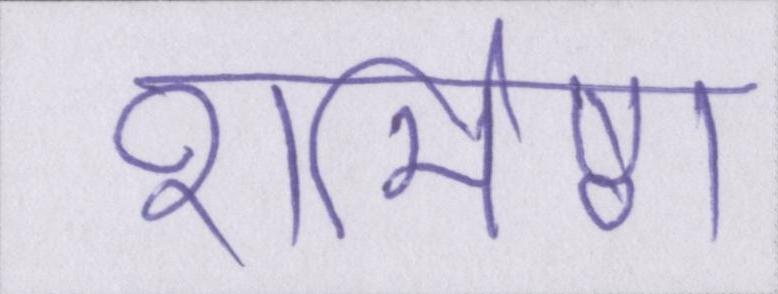
शर्मिष्ठा